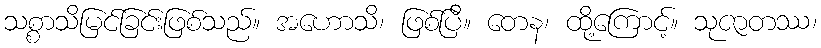
သစ္စာသိမြင်ခြင်းဖြစ်သည်။ အဟောသိ၊ ဖြစ်ပြီ။ တေန၊ ထို့ကြောင့်။ သုဇာတဿ၊